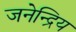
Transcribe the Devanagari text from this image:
जनेन्द्रिय